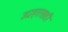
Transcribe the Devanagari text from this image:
उदाहरासाठी